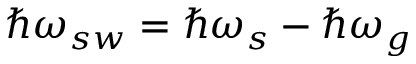
\hbar \omega _ { s w } = \hbar \omega _ { s } - \hbar \omega _ { g }